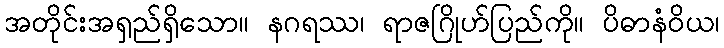
အတိုင်းအရှည်ရှိသော။ နဂရဿ၊ ရာဇဂြိုဟ်ပြည်ကို။ ပိဓာနံဝိယ၊